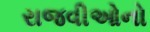
રાજવીઓનો